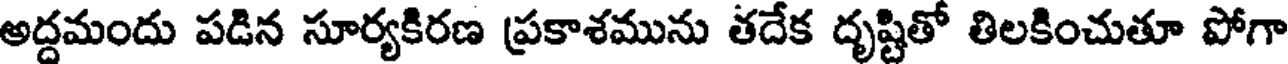
అద్దమందు పడిన సూర్యకిరణ ప్రకాశమును తదేక దృష్టితో తిలకించుతూ పోగా